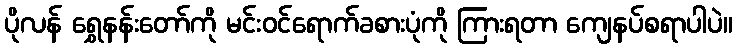
ပိုလန် ရွှေနန်းတော်ကို မင်းဝင်ရောက်ခစားပုံကို ကြားရတာ ကျေနပ်စရာပါပဲ။